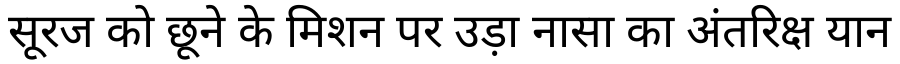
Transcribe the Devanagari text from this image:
सूरज को छूने के मिशन पर उड़ा नासा का अंतरिक्ष यान